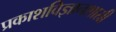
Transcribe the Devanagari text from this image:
प्रकाशविज्ञानशास्री